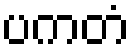
ပကတံ